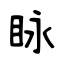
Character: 眿